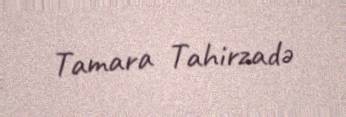
Tamara Tahirzadə